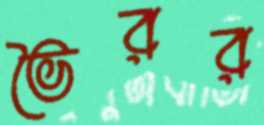
ভৈরর